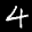
Label: 4